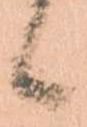
候